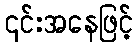
၎င်းအနေဖြင့်